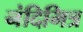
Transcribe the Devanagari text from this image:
नंदिमित्र